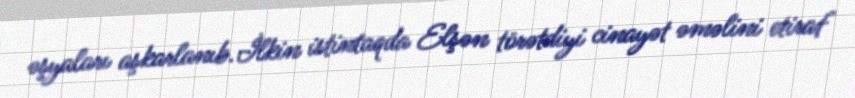
əşyaları aşkarlanıb.İlkin istintaqda Elşən törətdiyi cinayət əməlini etiraf